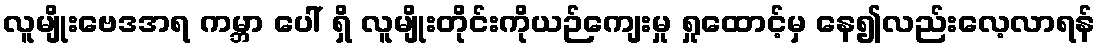
လူမျိုးဗေဒအရ ကမ္ဘာ ပေါ် ရှိ လူမျိုးတိုင်းကိုယဉ်ကျေးမှု ရှုထောင့်မှ နေ၍လည်းလေ့လာရန်